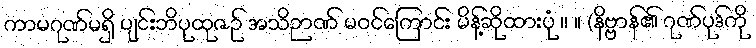
ကာမဂုဏ်မရှိ ပျင်းဘိပုထုဇဉ် အသိဉာဏ် မဝင်ကြောင်း မိန့်ဆိုထားပုံ ။ ။ (နိဗ္ဗာန်၏ ဂုဏ်ပုဒ်ကို